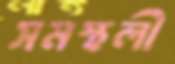
সমস্থলী